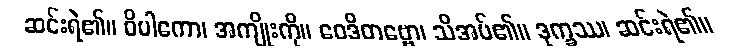
ဆင်းရဲ၏။ ဝိပါကော၊ အကျိုးကို။ ဝေဒိတဗ္ဗော၊ သိအပ်၏။ ဒုက္ခဿ၊ ဆင်းရဲ၏။